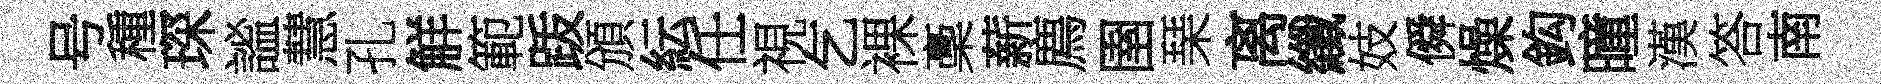
号種琛謐慧孔觧範䟦頒紜任視乞裸稾薪廌圉琹离纖妓僢燥鈎曈漢答南